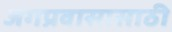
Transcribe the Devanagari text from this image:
जगप्रवासासाठी